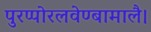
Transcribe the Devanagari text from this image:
पुरप्पोरलवेण्बामालै।